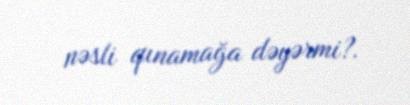
nəsli qınamağa dəyərmi?.